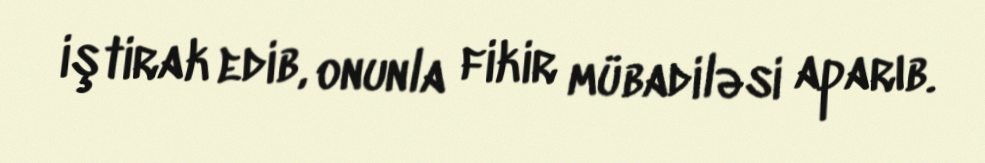
iştirak edib, onunla fikir mübadiləsi aparıb.